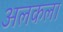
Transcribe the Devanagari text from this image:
अलकला